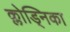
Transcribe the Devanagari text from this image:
क्लोड्निका